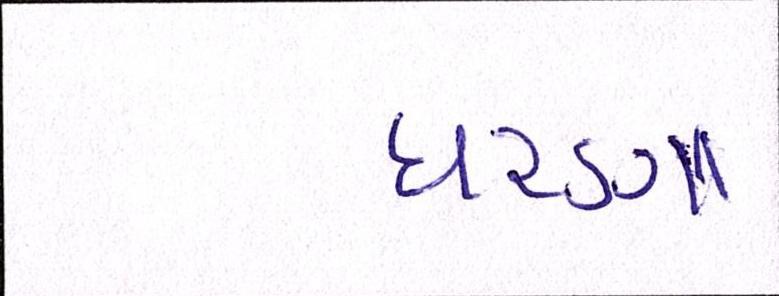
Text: ધરણા